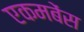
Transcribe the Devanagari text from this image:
एकमबेंस